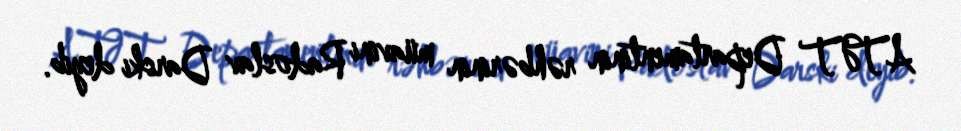
ATƏT Departamentinin rəhbərinin müavini Radoslav Darski deyib.